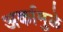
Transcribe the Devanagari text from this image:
अर्कामुळे